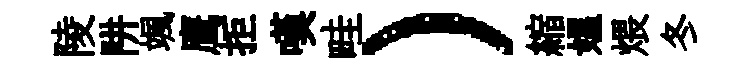
陵阱颯鹰拒嘆畦）縮媪煨冬